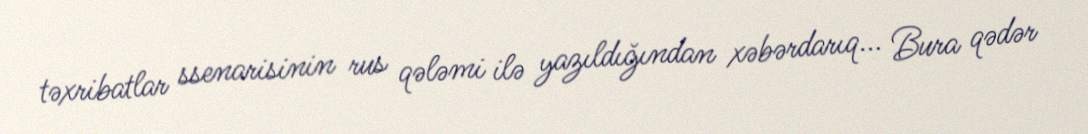
təxribatlar ssenarisinin rus qələmi ilə yazıldığından xəbərdarıq... Bura qədər